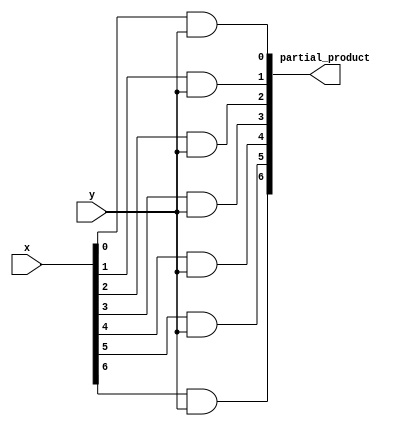
module lhn_and (x, y, partial_product);
	input [6:0] x;
	input y;
	output [6:0] partial_product;
	
	assign partial_product={x[6]&y,x[5]&y,x[4]&y,x[3]&y,x[2]&y,x[1]&y,x[0]&y};
	
	endmodule